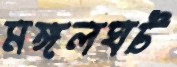
মঙ্গলঘট